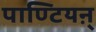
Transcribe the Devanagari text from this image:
पाण्टियऩ्